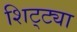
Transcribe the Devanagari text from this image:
शिट्ट्या